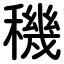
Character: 穖